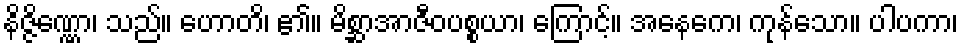
နိဇ္ဇိဏ္ဏော၊ သည်။ ဟောတိ၊ ၏။ မိစ္ဆာအာဇီဝပစ္စယာ၊ ကြောင့်။ အနေကေ၊ ကုန်သော။ ပါပကာ၊